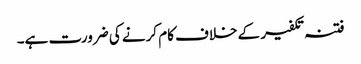
فتنہ تکفیر کے خلاف کام کرنے کی ضرورت ہے۔